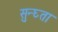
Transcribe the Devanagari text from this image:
सुन्घ्ता